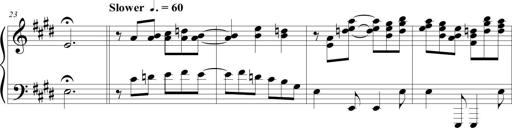
Title: Jousting Jocelyne
Composer: Michel Rondeau
Key: E major